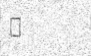
٨